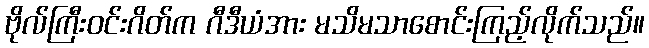
ဗိုလ်ကြီးဝင်းဂိတ်က ဂီဒီယံအား မသိမသာစောင်းကြည့်လိုက်သည်။